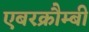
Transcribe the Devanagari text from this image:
एबरक्रौम्बी